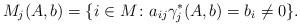
LaTeX: \begin{align*} M_j(A,b)=\{i\in M\colon a_{ij}\gamma^*_j(A,b)=b_i\neq 0\}.\end{align*}